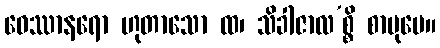
ဝေဿာနရော ဟုတာသော ထ၊ သိခါဇာလ’စ္စိ စာပုမေ။